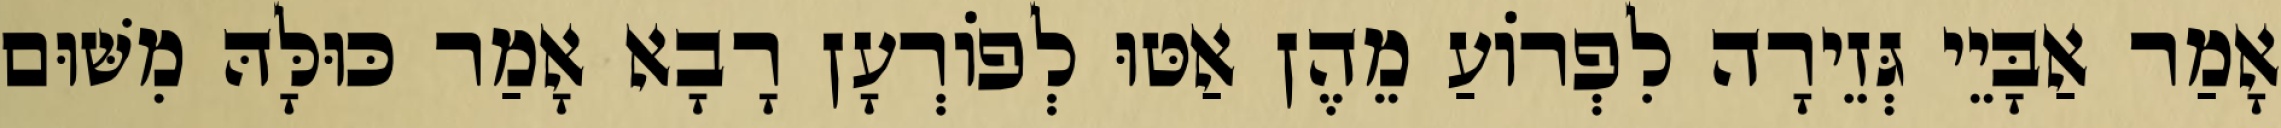
אָמַר אַבָּיֵי גְּזֵירָה לִפְרוֹעַ מֵהֶן אַטּוּ לְפוֹרְעָן רָבָא אָמַר כּוּלָּהּ מִשּׁוּם